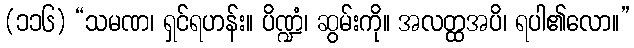
(၁၁၆) “သမဏ၊ ရှင်ရဟန်း။ ပိဏ္ဍံ၊ ဆွမ်းကို။ အလတ္ထအပိ၊ ရပါ၏လော။”